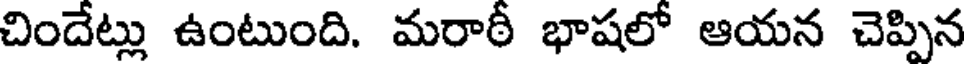
చిందేట్లు ఉంటుంది. మరాఠీ భాషలో ఆయన చెప్పిన